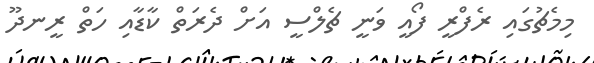
މިމެޗުގައި ރެފްރީ ފޯއީ ވަނީ ޗެލްސީ އަށް ދެރަތް ކާޑާއި ހަތް ރީނދޫ